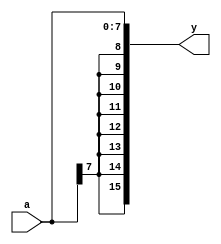
module signext ( //sign extent
						input [7:0] a,
						output [15:0] y );
						
assign y = { {8{a[7]}}, a} ;
endmodule